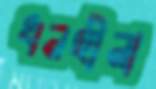
ধনহীনা